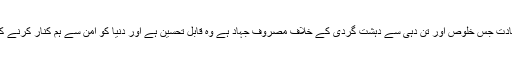
پاکستان کی سیاسی و عسکری قیادت جس خلوص اور تن دہی سے دہشت گردی کے خلاف مصروف جہاد ہے وہ قابل تحسین ہے اور دنیا کو امن سے ہم کنار کرنے کی طرف ایک مثالی قدم بھی ہے۔